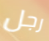
رجل